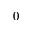
0